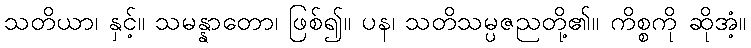
သတိယာ၊ နှင့်။ သမန္နာတော၊ ဖြစ်၍။ ပန၊ သတိသမ္ပဇညတို့၏။ ကိစ္စကို ဆိုအံ့။